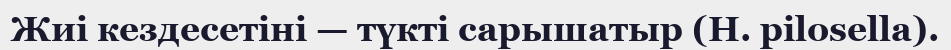
Жиі кездесетіні — түкті сарышатыр (H. pіlosella).